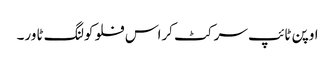
اوپن ٹائپ سرکٹ کراس فلو کولنگ ٹاور۔